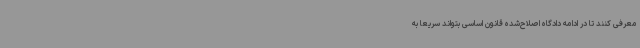
معرفی کنند تا در ادامه دادگاه اصلاح‌شده قانون اساسی بتواند سریعا به